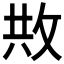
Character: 𢼭